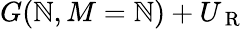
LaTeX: G(\mathbb{N},M=\mathbb{N})+U_{\mathrm{{~R~}}}